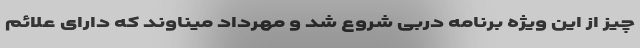
چیز از این ویژه برنامه دربی شروع شد و مهرداد میناوند که دارای علائم